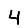
Digit: 4